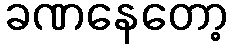
ခဏနေတော့